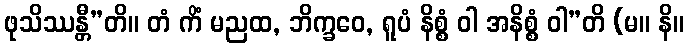
ဖုသိဿန္တီ”တိ။ တံ ကိံ မညထ, ဘိက္ခဝေ, ရူပံ နိစ္စံ ဝါ အနိစ္စံ ဝါ”တိ (မ။ နိ။